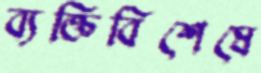
ব্যক্তিবিশেষে